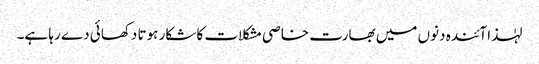
لہٰذا آئندہ دنوں میں بھارت خاصی مشکلات کا شکار ہوتا دکھائی دے رہا ہے۔